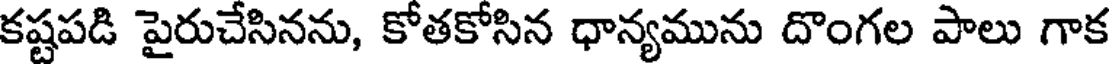
కష్టపడి పైరుచేసినను, కోతకోసిన ధాన్యమును దొంగల పాలు గాక